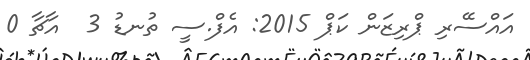
އައްސޭރި ޕްރިޒަން ކަޕް 2015: އެފް.ސީ ތުނޑު 3  އާޗާ 0